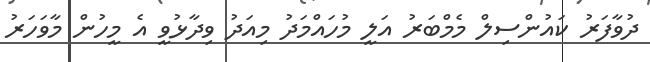
ދުވާފަރު ކައުންސިލް މެމްބަރު އަލީ މުހައްމަދު މިއަދު ވިދާޅުވީ އެ މީހުން މާވަހަރު